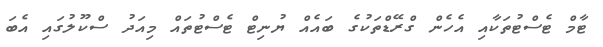
ޓާމް ޓެސްޓުތަކާއި އެހެން ގްރޭޑްތަކުގެ ބައެއް ޔުނިޓް ޓެސްޓުތައް މިއަދު ސްކޫލުގައި އެބަ